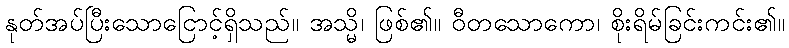
နုတ်အပ်ပြီးသောငြောင့်ရှိသည်။ အသ္မိ၊ ဖြစ်၏။ ဝီတသောကော၊ စိုးရိမ်ခြင်းကင်း၏။